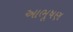
આભૂષણ